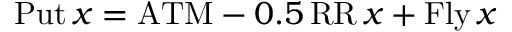
\operatorname { P u t } x = \mathrm { A T M } - 0 . 5 \operatorname { R R } x + \operatorname { F l y } x